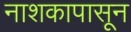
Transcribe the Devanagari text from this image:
नाशकापासून